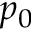
p _ { 0 }